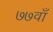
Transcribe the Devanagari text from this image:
७७वाँ